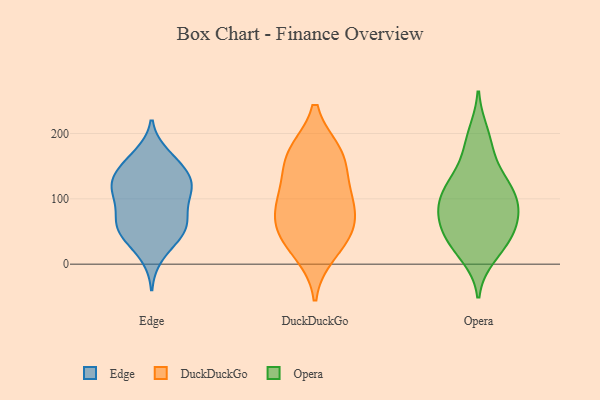
{"axis": {"x": "Conversion Rate (%)", "y": "Value"}, "legend": ["DuckDuckGo", "Edge", "Opera"], "data": [{"x": "", "y": 46, "type": "Edge"}, {"x": "", "y": 59, "type": "Edge"}, {"x": "", "y": 102, "type": "Edge"}, {"x": "", "y": 115, "type": "Edge"}, {"x": "", "y": 161, "type": "Edge"}, {"x": "", "y": 146, "type": "Edge"}, {"x": "", "y": 50, "type": "Edge"}, {"x": "", "y": 146, "type": "Edge"}, {"x": "", "y": 73, "type": "Edge"}, {"x": "", "y": 127, "type": "Edge"}, {"x": "", "y": 13, "type": "Edge"}, {"x": "", "y": 70, "type": "Edge"}, {"x": "", "y": 120, "type": "Edge"}, {"x": "", "y": 125, "type": "Edge"}, {"x": "", "y": 96, "type": "Edge"}, {"x": "", "y": 58, "type": "Edge"}, {"x": "", "y": 118, "type": "Edge"}, {"x": "", "y": 167, "type": "Edge"}, {"x": "", "y": 39, "type": "Edge"}, {"x": "", "y": 97, "type": "DuckDuckGo"}, {"x": "", "y": 163, "type": "DuckDuckGo"}, {"x": "", "y": 170, "type": "DuckDuckGo"}, {"x": "", "y": 51, "type": "DuckDuckGo"}, {"x": "", "y": 94, "type": "DuckDuckGo"}, {"x": "", "y": 61, "type": "DuckDuckGo"}, {"x": "", "y": 18, "type": "DuckDuckGo"}, {"x": "", "y": 45, "type": "DuckDuckGo"}, {"x": "", "y": 167, "type": "DuckDuckGo"}, {"x": "", "y": 113, "type": "DuckDuckGo"}, {"x": "", "y": 50, "type": "Opera"}, {"x": "", "y": 106, "type": "Opera"}, {"x": "", "y": 13, "type": "Opera"}, {"x": "", "y": 25, "type": "Opera"}, {"x": "", "y": 72, "type": "Opera"}, {"x": "", "y": 116, "type": "Opera"}, {"x": "", "y": 35, "type": "Opera"}, {"x": "", "y": 184, "type": "Opera"}, {"x": "", "y": 152, "type": "Opera"}, {"x": "", "y": 121, "type": "Opera"}, {"x": "", "y": 200, "type": "Opera"}, {"x": "", "y": 61, "type": "Opera"}, {"x": "", "y": 90, "type": "Opera"}, {"x": "", "y": 90, "type": "Opera"}, {"x": "", "y": 46, "type": "Opera"}, {"x": "", "y": 122, "type": "Opera"}, {"x": "", "y": 82, "type": "Opera"}]}